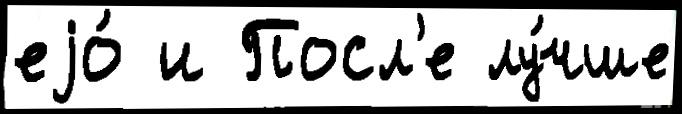
еjо́ и Посл'е лу́чше